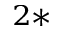
^ { 2 \ast }